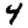
Digit: 4